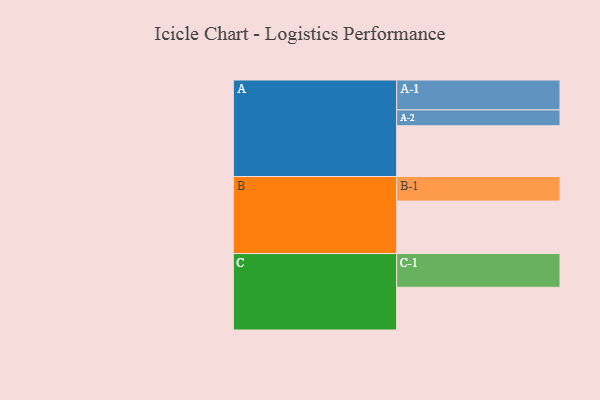
{"axis": {"x": "Segment", "y": "Value"}, "legend": ["", "A", "B", "C"], "data": [{"x": "A", "y": 448, "type": ""}, {"x": "B", "y": 463, "type": ""}, {"x": "C", "y": 377, "type": ""}, {"x": "A-1", "y": 264, "type": "A"}, {"x": "A-2", "y": 140, "type": "A"}, {"x": "B-1", "y": 217, "type": "B"}, {"x": "C-1", "y": 298, "type": "C"}]}